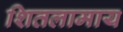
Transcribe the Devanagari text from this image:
शितलामाय